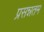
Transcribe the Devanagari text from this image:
प्रसन्नतम